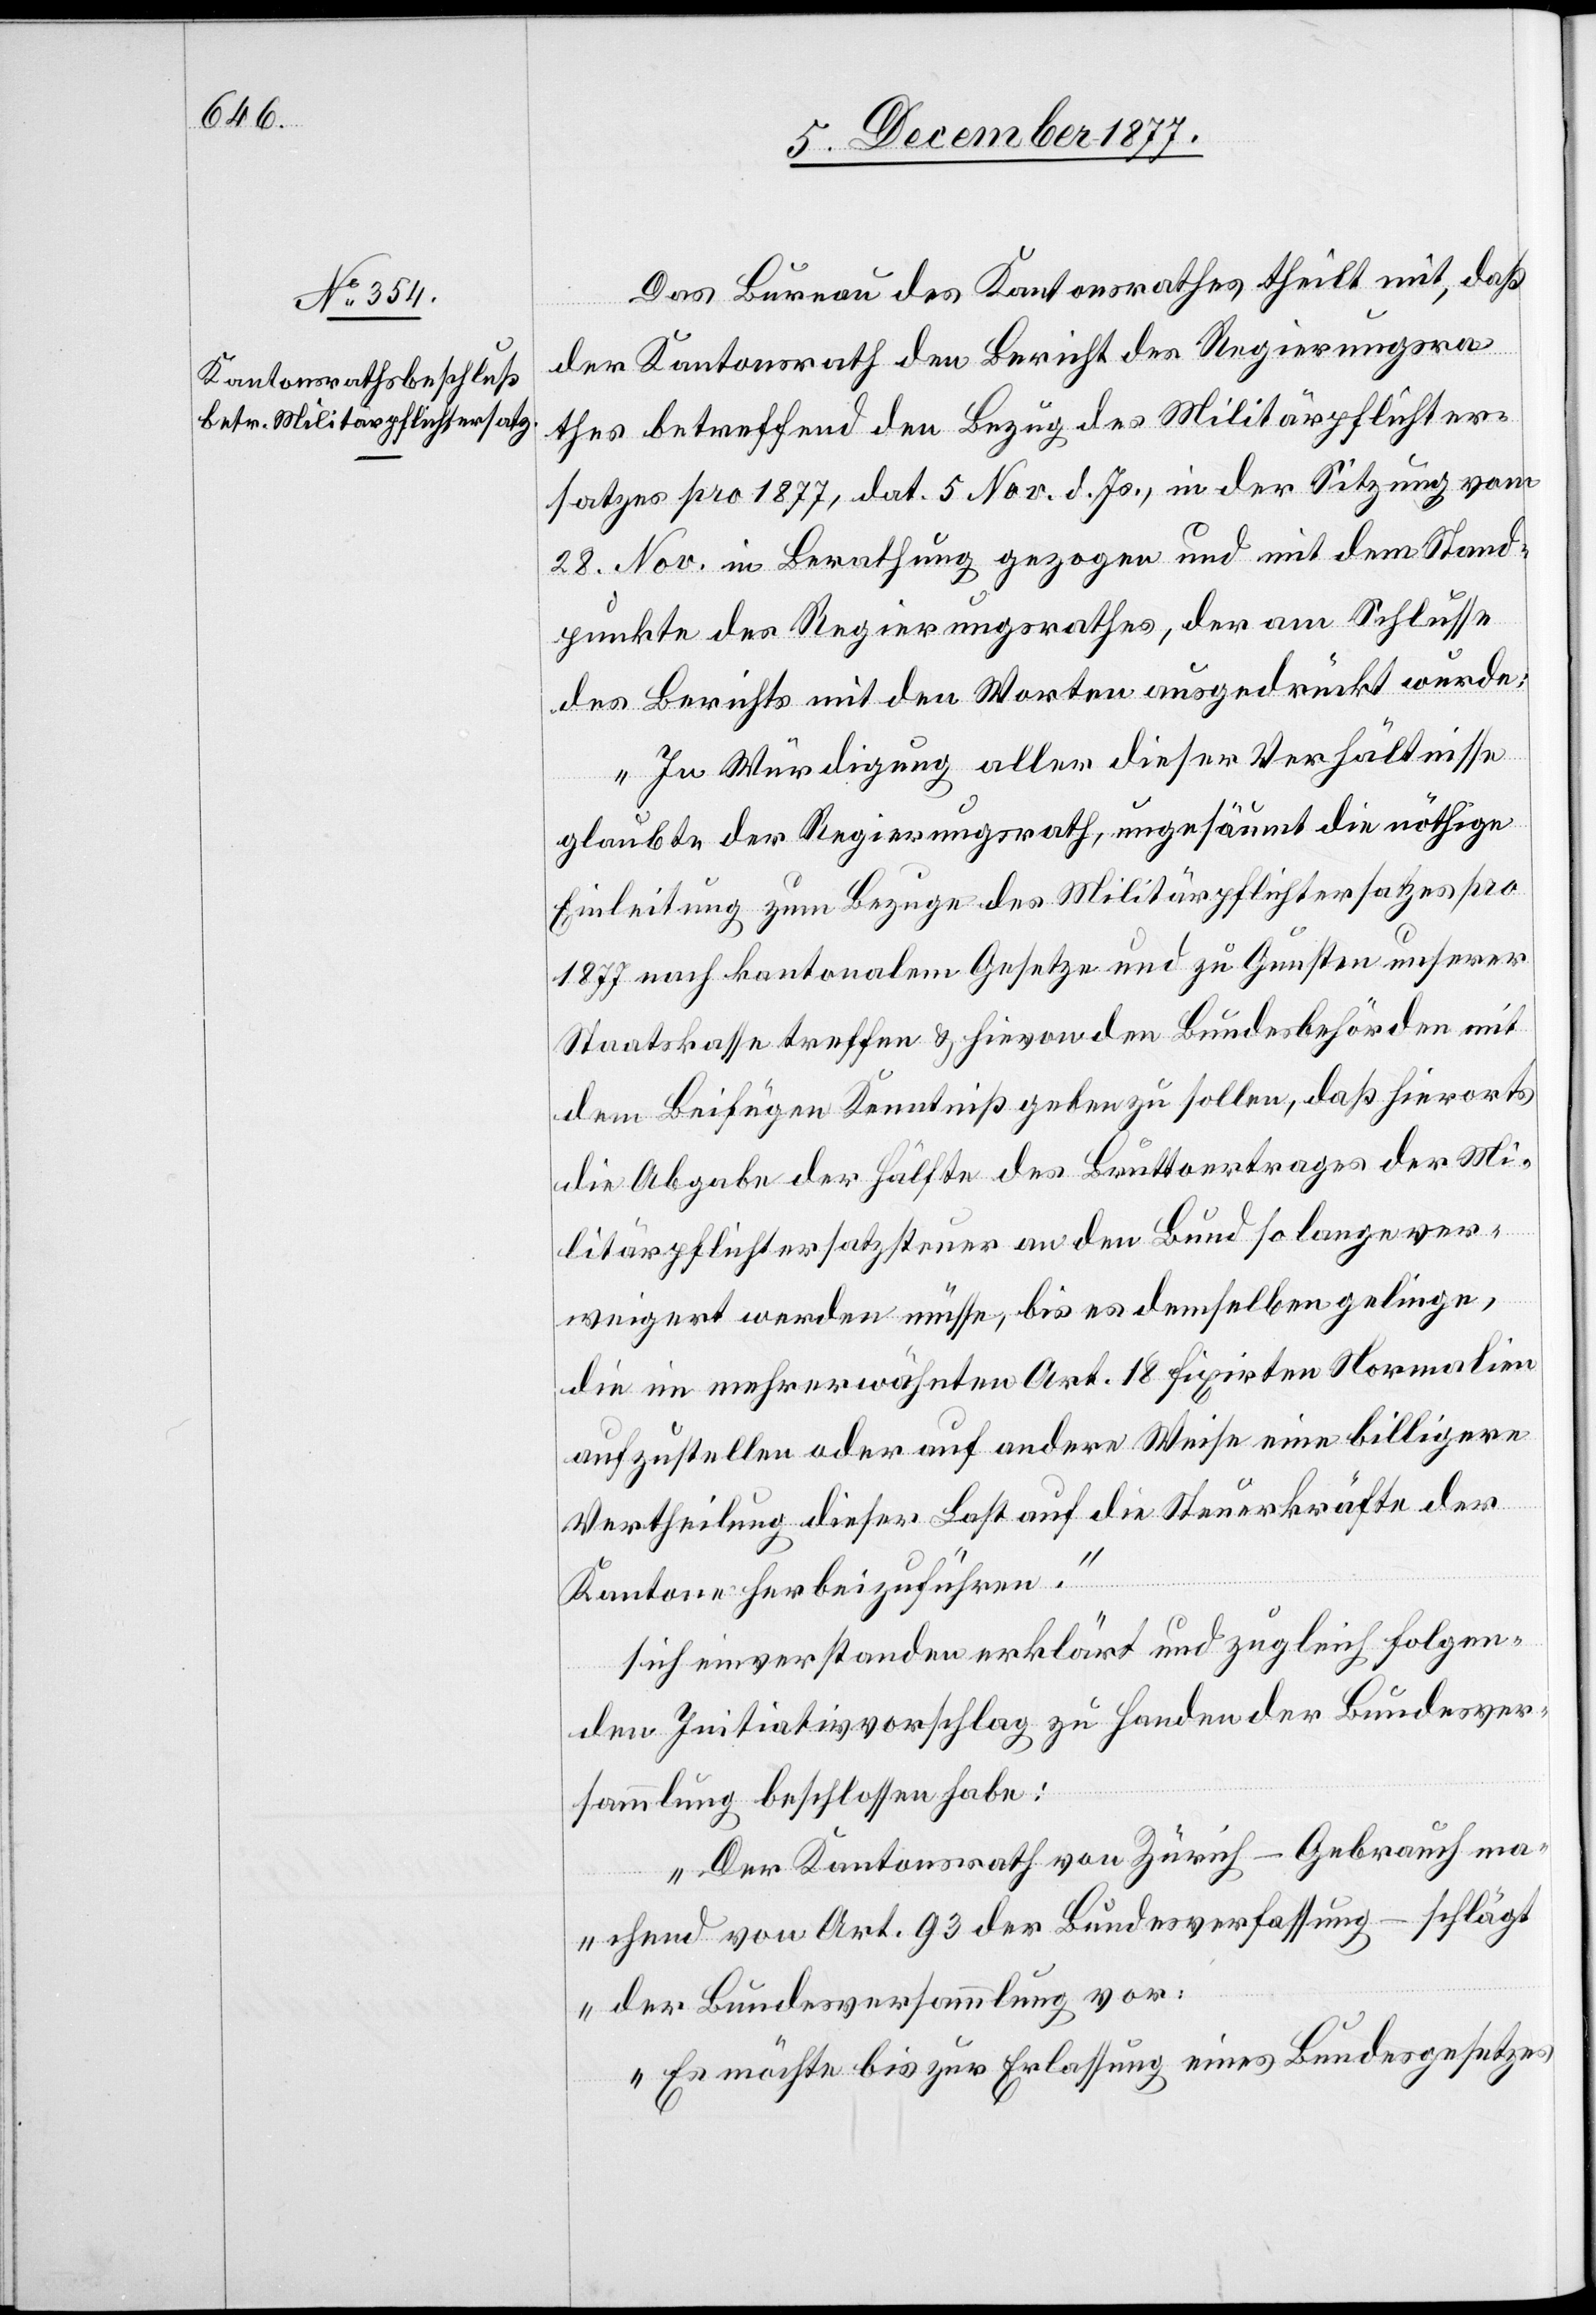
Das Bureau des Kantonsrathes theilt mit, daß
der Kantonsrath den Bericht des Regierungsra¬
thes betreffend den Bezug des Militärpflichter¬
satzes pro 1877, dat. 5 Nov. d. Js., in der Sitzung vom
28. Nov. in Berathung gezogen und mit dem Stand¬
punkte des Regierungsrathes, der am Schlusse
des Berichts mit den Worten ausgedrückt wurde:
„In Würdigung aller dieser Verhältnisse
glaubte der Regierungsrath, ungesäumt die nöthige
Einleitung zum Bezuge des Militärpflichtersatzes pro
1877 nach kantonalem Gesetze und zu Gunsten unserer
Staatskasse treffen & hievon den Bundesbehörden mit
dem Beifügen Kenntniß geben zu sollen, daß hierorts
die Abgabe der Hälfte des Bruttoertrages der Mi¬
litärpflichtersatzsteuer an den Bund so lange ver¬
weigert werden müsse, bis es demselben gelinge,
die im mehrerwähnten Art. 18 fixirten Normalien
aufzustellen oder auf andere Weise eine billigere
Vertheilung dieser Last auf die Steuerkräfte der
Kantone herbeizuführen.“
sich einverstanden erklärt und zugleich folgen¬
den Initiativvorschlag zu Handen der Bundesver¬
sammlung beschlossen habe:
„Der Kantonsrath von Zürich – Gebrauch ma¬
chend von Art. 93 der Bundesverfassung – schlägt
der Bundesversammlung vor:
Es möchte bis zur Erlassung eines Bundesgesetzes